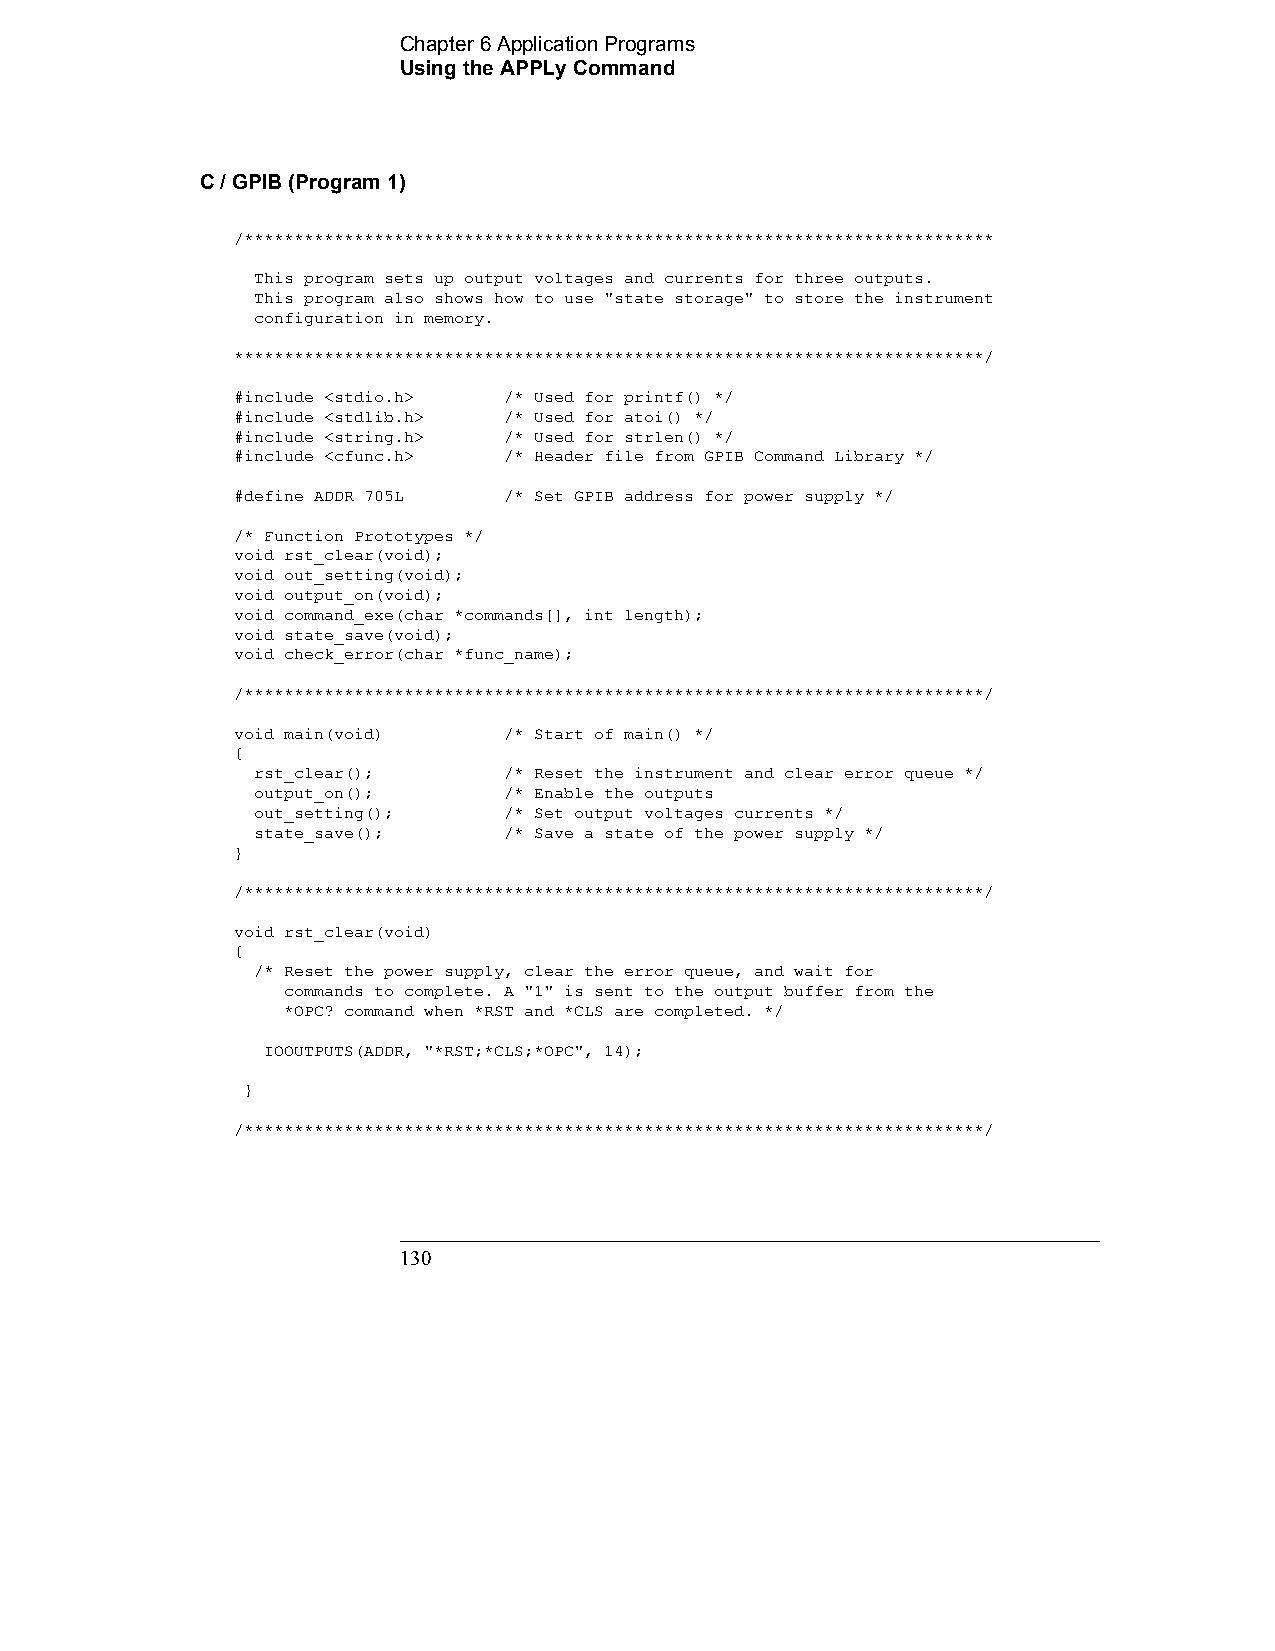
Chapter 6 Application Programs          
 Using the APPLy Command
 C / GPIB (Program 1)
 /***************************************************************************
 This program sets up output voltages and currents for three outputs.
 This program also shows how to use "state storage" to store the instrument
 configuration in memory.
 ***************************************************************************/
 #include <stdio.h> /* Used for printf() */
 #include <stdlib.h> /* Used for atoi() */
 #include <string.h> /* Used for strlen() */
 #include <cfunc.h> /* Header file from GPIB Command Library */
 #define ADDR 705L /* Set GPIB address for power supply */
 /* Function Prototypes */
 void rst_clear(void);
 void out_setting(void);
 void output_on(void);
 void command_exe(char *commands[], int length);
 void state_save(void);
 void check_error(char *func_name);
 /**************************************************************************/
 void main(void)  /* Start of main() */
 {
 rst_clear();    /* Reset the instrument and clear error queue */
 output_on();    /* Enable the outputs
 out_setting();  /* Set output voltages currents */
 state_save();   /* Save a state of the power supply */
 }
 /**************************************************************************/
 void rst_clear(void)
 {
 /* Reset the power supply, clear the error queue, and wait for
 commands to complete. A "1" is sent to the output buffer from the
 *OPC? command when *RST and *CLS are completed. */
 IOOUTPUTS(ADDR, "*RST;*CLS;*OPC", 14);
 }
 /**************************************************************************/
 130                                            